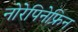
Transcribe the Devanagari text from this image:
नोरेपिनेफ्रिन